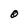
Character: O